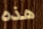
هذه